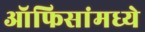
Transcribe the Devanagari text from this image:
ऑफिसांमध्ये